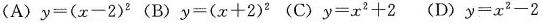
(A) $$y = ( x - 2 ) ^ { 2 }$$ (B) $$y = ( x + 2 ) ^ { 2 }$$ (C) $$y = x ^ { 2 } + 2$$ (D) $$y = x ^ { 2 } -2$$